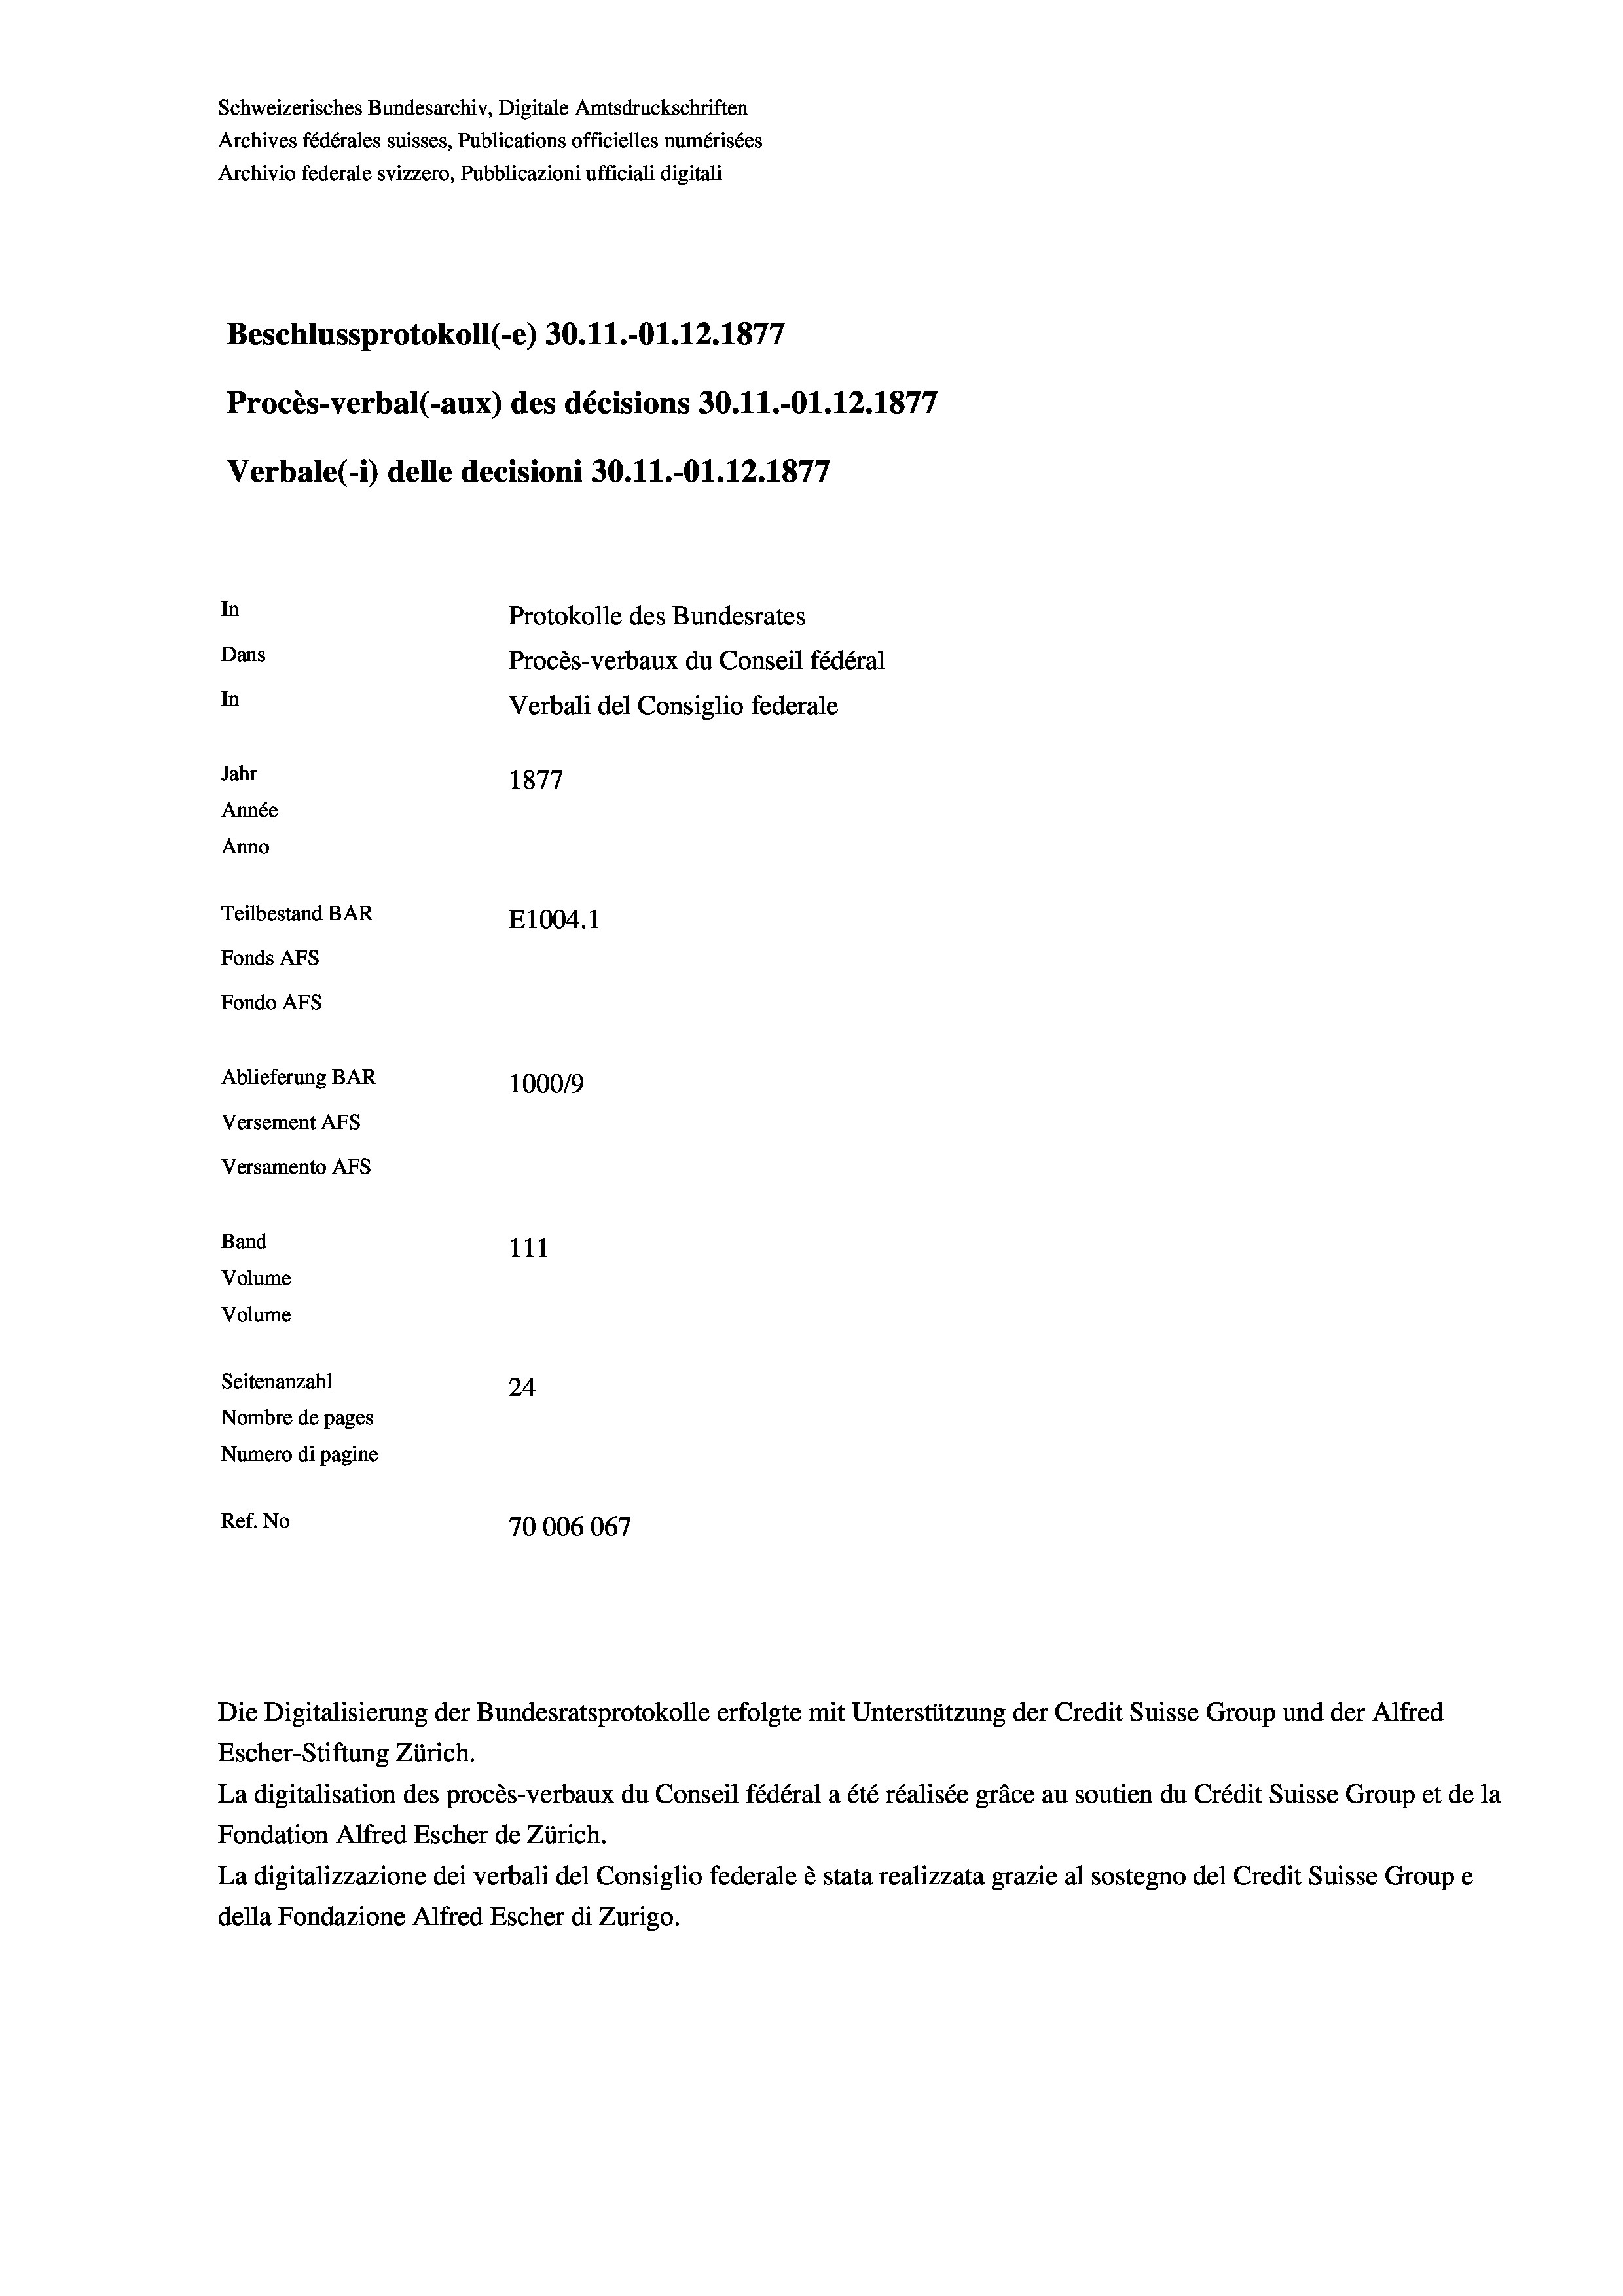
Schweizerisches Bundesarchiv, Digitale Amtsdruckschriften
Archives fédérales suisses, Publications officielles numérisées
Archivio federale svizzero, Pubblicazioni ufficiali digitali
Beschlussprotokoll (-e) 30.11.-O1.12.1877
Procès-verbal (-aux) des décisions 30.11.-Ol.12.1877
Verbale(-*) delle decisioni 30.11.-Ol. 12. 1877
In
Protokolle des Bundesrates
Dans
Procès-verbaux du Conseil fédéral
In
Verbali del Consiglio federale
Jahr
1877
Année
Anno
Teilbestand BAR
E1004. 1
Fonds AFs
Fondo AFs
Ablieferung BAR
100019
Versement As
Versamento Afs
Band
111
Volume
Volume
Seitenanzahl
24
Nombre de pages
Numero di pagine
Ref. No
70006067

Escher-Stiftung Zürich.
La digitalisation des procès-verbaux du Conseil fédéral a été réalisée gräce au soutien du Crédit Suisse Group et de la
Fondation Alfred Escher de Zürich.
La digitalizzazione dei verbali del Consiglio federale è stata realizzata grazie al sostegno del Credit Suisse Groupe
della Fondazione Alfred Escher di Zurigo.

Die Digitalisierung der Bundesratsprotokolle erfolgte mit Unterstützung der Credit Suisse Group und der Alfred